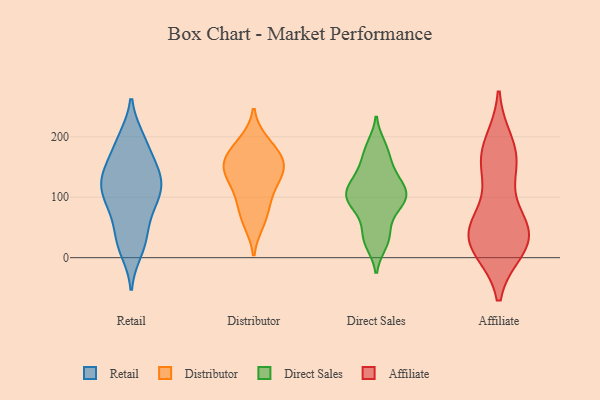
{"axis": {"x": "Temperature (°C)", "y": "Value"}, "legend": ["Affiliate", "Direct Sales", "Distributor", "Retail"], "data": [{"x": "", "y": 196, "type": "Retail"}, {"x": "", "y": 148, "type": "Retail"}, {"x": "", "y": 150, "type": "Retail"}, {"x": "", "y": 123, "type": "Retail"}, {"x": "", "y": 96, "type": "Retail"}, {"x": "", "y": 197, "type": "Retail"}, {"x": "", "y": 93, "type": "Retail"}, {"x": "", "y": 105, "type": "Retail"}, {"x": "", "y": 118, "type": "Retail"}, {"x": "", "y": 152, "type": "Retail"}, {"x": "", "y": 69, "type": "Retail"}, {"x": "", "y": 44, "type": "Retail"}, {"x": "", "y": 130, "type": "Retail"}, {"x": "", "y": 190, "type": "Retail"}, {"x": "", "y": 27, "type": "Retail"}, {"x": "", "y": 93, "type": "Retail"}, {"x": "", "y": 134, "type": "Retail"}, {"x": "", "y": 12, "type": "Retail"}, {"x": "", "y": 23, "type": "Retail"}, {"x": "", "y": 140, "type": "Distributor"}, {"x": "", "y": 166, "type": "Distributor"}, {"x": "", "y": 191, "type": "Distributor"}, {"x": "", "y": 152, "type": "Distributor"}, {"x": "", "y": 59, "type": "Distributor"}, {"x": "", "y": 133, "type": "Distributor"}, {"x": "", "y": 184, "type": "Distributor"}, {"x": "", "y": 68, "type": "Distributor"}, {"x": "", "y": 99, "type": "Distributor"}, {"x": "", "y": 158, "type": "Distributor"}, {"x": "", "y": 147, "type": "Distributor"}, {"x": "", "y": 105, "type": "Distributor"}, {"x": "", "y": 23, "type": "Direct Sales"}, {"x": "", "y": 147, "type": "Direct Sales"}, {"x": "", "y": 95, "type": "Direct Sales"}, {"x": "", "y": 173, "type": "Direct Sales"}, {"x": "", "y": 114, "type": "Direct Sales"}, {"x": "", "y": 117, "type": "Direct Sales"}, {"x": "", "y": 85, "type": "Direct Sales"}, {"x": "", "y": 48, "type": "Direct Sales"}, {"x": "", "y": 31, "type": "Direct Sales"}, {"x": "", "y": 137, "type": "Direct Sales"}, {"x": "", "y": 185, "type": "Direct Sales"}, {"x": "", "y": 101, "type": "Direct Sales"}, {"x": "", "y": 85, "type": "Direct Sales"}, {"x": "", "y": 107, "type": "Direct Sales"}, {"x": "", "y": 54, "type": "Affiliate"}, {"x": "", "y": 26, "type": "Affiliate"}, {"x": "", "y": 187, "type": "Affiliate"}, {"x": "", "y": 22, "type": "Affiliate"}, {"x": "", "y": 56, "type": "Affiliate"}, {"x": "", "y": 40, "type": "Affiliate"}, {"x": "", "y": 159, "type": "Affiliate"}, {"x": "", "y": 37, "type": "Affiliate"}, {"x": "", "y": 17, "type": "Affiliate"}, {"x": "", "y": 167, "type": "Affiliate"}, {"x": "", "y": 148, "type": "Affiliate"}]}